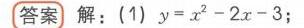
【答案】解：(1)$y = x^{2}-2x - 3$；